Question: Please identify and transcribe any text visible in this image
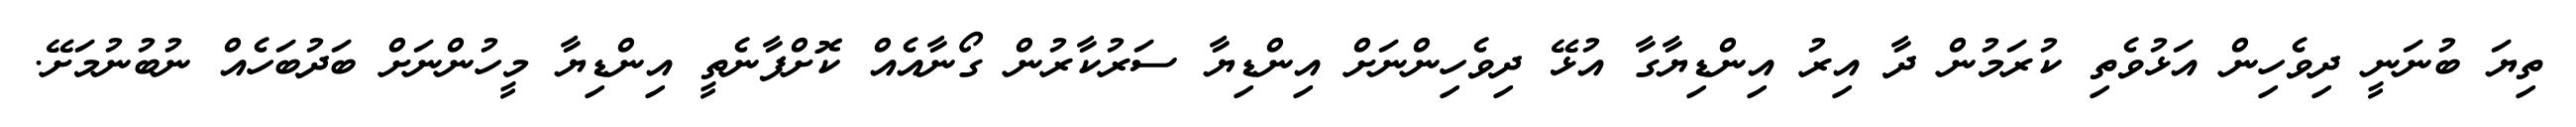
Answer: ތިޔަ ބުނަނީ ދިވެހިން އަޅުވެތި ކުރަމުން ދާ އިރު އިންޑިޔާގާ އުޅޭ ދިވެހިންނަށް އިންޑިޔާ ސަރުކާރުން ގޯނާއެއް ކޮށްފާނެތީ އިންޑިޔާ މީހުންނަށް ބަދުބަހެއް ނުބުނުމަށޭ.